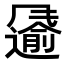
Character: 𩙌